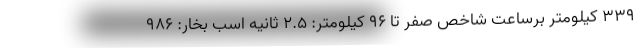
339 کیلومتر برساعت شاخص صفر تا 96 کیلومتر: 2.5 ثانیه اسب بخار: 986